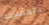
بالمصادفة